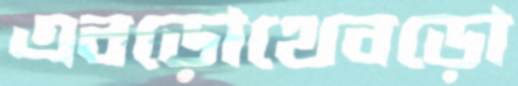
এবড়োথেবড়ো